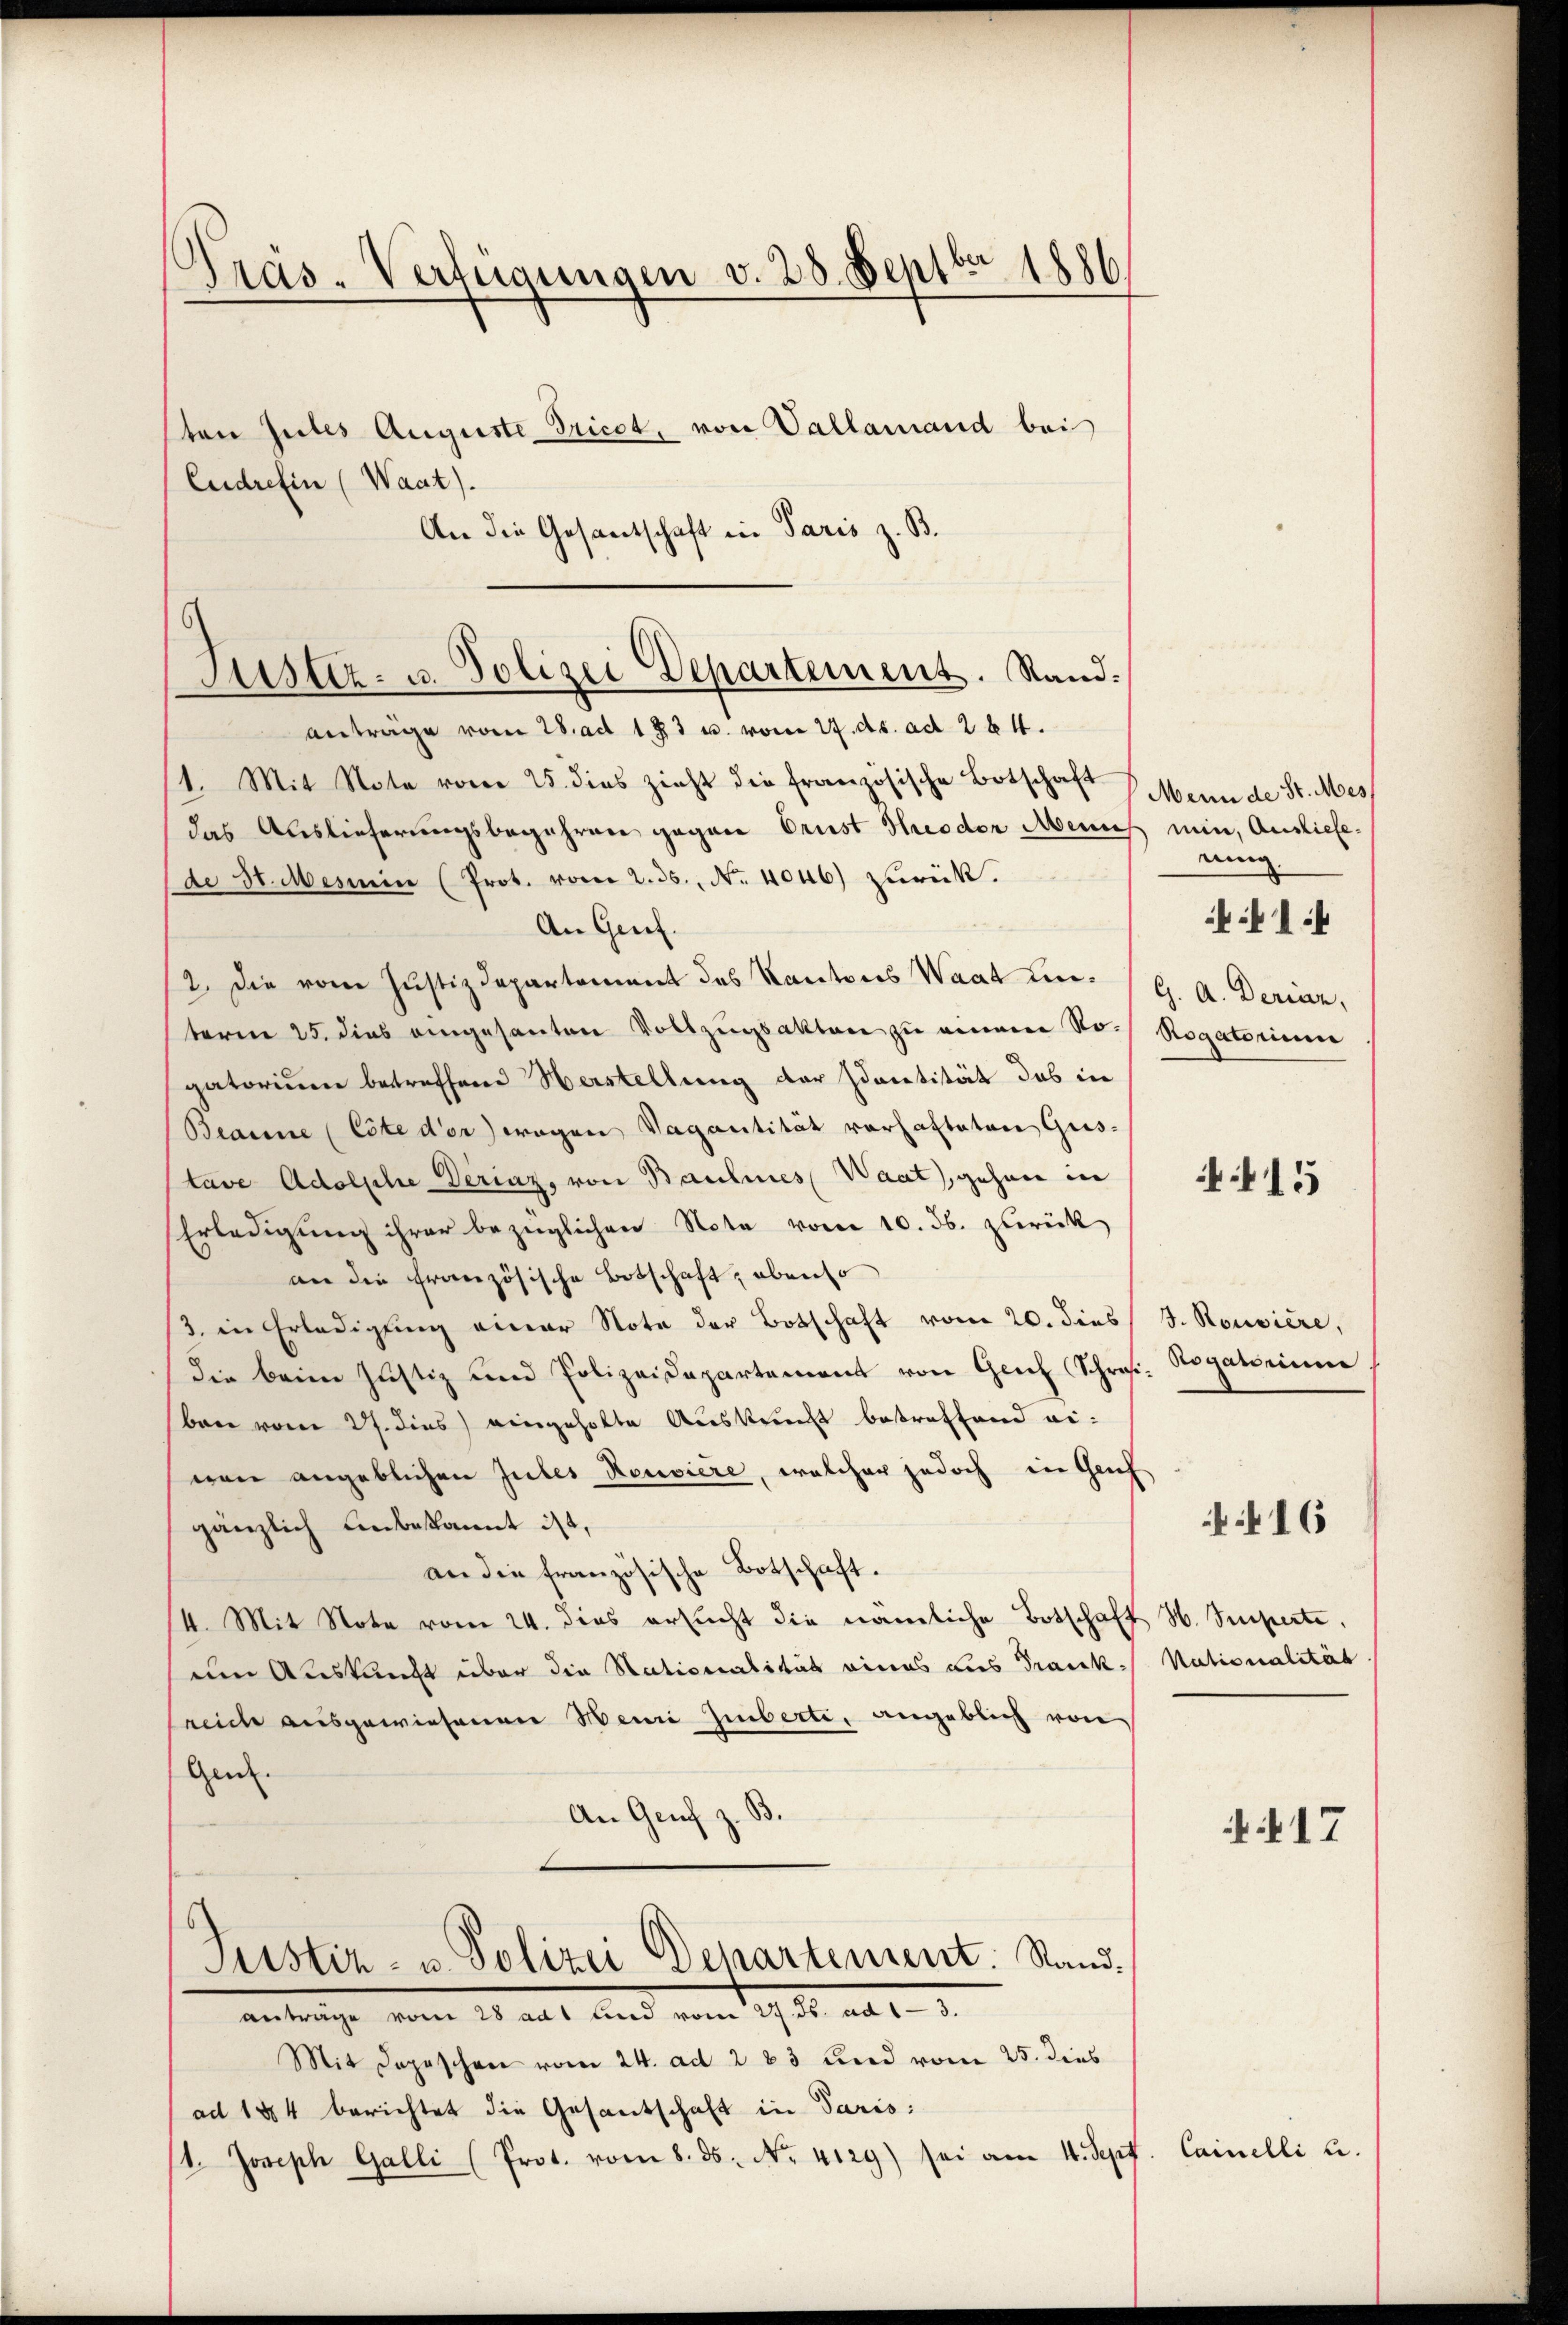
Präs-Verfügungen v. 28. Septbr. 1886

Justiz- u. Polizei Departement. Sand¬

ten Gutes Auguste Tricot, von Vallamand bei
Eudrefin (Waat).
An die Gesantschaft in Paris z. B.
anträge vom 28. ad 183 u. vom 27. ds. ad 284.
/1. Mit Note vom 25. dies zieht die französische Botschaft
das Auslieferungsbegehren gegen Orust Theodor Menues min, Ausliefede St. Mesnen (Prot. vom 2. 35. No. 4046) zurück.
An Genf.
2. Die vom Justizdepartement des Kantons Waat unterm 25. dies eingesanten Vollzugsakten zu einem No. Rogatorium
gatorium betreffend Verstellung der Identität das in
Beanne (Cote der wegen Vagantität vorhafteten Gus-
tave AdolpheDerinz, von Baulnes Waat), gehen in
Erledigŭng ihrer bezüglichen Note vom 10. Jb. zurück
an die französische Botschaft; ebenso
3. in Erledigung einer Note der Botschaft vom 20. dies
die beim Justiz und Polizeidepartement von Geich Schres. Rogatorium
bare vom 27. dies eingeholte Auskunft betreffend eiwen angeblichen Gutes Rouviere, welcher jedoch in Geh
gänzlich unbekannt ist,
an die französische Botschaft.
14. Mit Note vom 24. dies ersŭcht die nämliche Botschaft H. Superte,
um Auskunft über die Nationalität eines dies Tranksreiche ausgewiesenen Meni Imberte, angeblich von
Gen.
An Genf z. B.
8
Justiz- u. Polizei Departement. Standanträge vom 28 adt und vom 27. Js. ad 13.
Mit Depeschen vom 24. ad 283 und vom 25. dies
ad 1884 berichtet die Gesantschaft in Paris:
1. Joseph Galli (Prot. vom 8. ds. No. 4129) sei am 4. Sept. Cainelli u.

Menne de St. Mes
rung
441 f
G. A. Derian,

15

J. Rouviere,

Nationalität

16

17